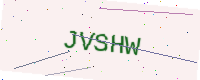
Text: JVSHW